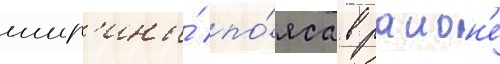
шир'ины́ по́яса в раион'е